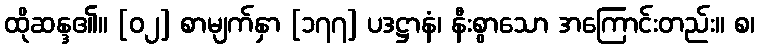
ထိုဆန္ဒ၏။ [၀၂] စာမျက်နှာ [၁၇၇] ပဒဋ္ဌာနံ၊ နီးစွာသော အကြောင်းတည်း။ စ၊